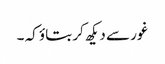
غور سے دیکھ کر بتاؤ کہ ۔